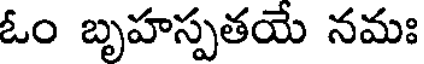
ఓం బృహస్పతయే నమః